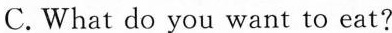
C. What do you want to eat?